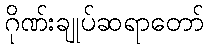
ဂိုဏ်းချုပ်ဆရာတော်